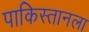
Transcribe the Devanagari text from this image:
पाकिस्तानला